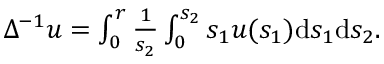
\begin{array} { r } { \Delta ^ { - 1 } u = \int _ { 0 } ^ { r } \frac { 1 } { s _ { 2 } } \int _ { 0 } ^ { s _ { 2 } } s _ { 1 } u ( s _ { 1 } ) \mathrm { d } s _ { 1 } \mathrm { d } s _ { 2 } . } \end{array}